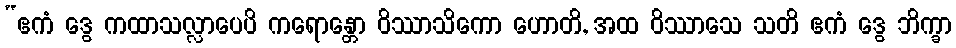
“ဧကံ ဒွေ ကထာသလ္လာပေပိ ကရောန္တော ဝိဿာသိကော ဟောတိ, အထ ဝိဿာသေ သတိ ဧကံ ဒွေ ဘိက္ခာ